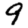
Digit: 9